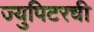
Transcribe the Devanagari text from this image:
ज्युपिटरची